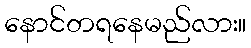
နောင်တရနေမည်လား။